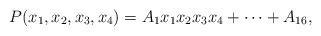
\begin{align*} P(x_1,x_2,x_3,x_4)=A_1x_1x_2x_3x_4+\cdots+A_{16},\end{align*}